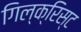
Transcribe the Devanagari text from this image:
गिल्क्रिस्ट